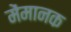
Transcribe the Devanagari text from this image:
मेंमानक